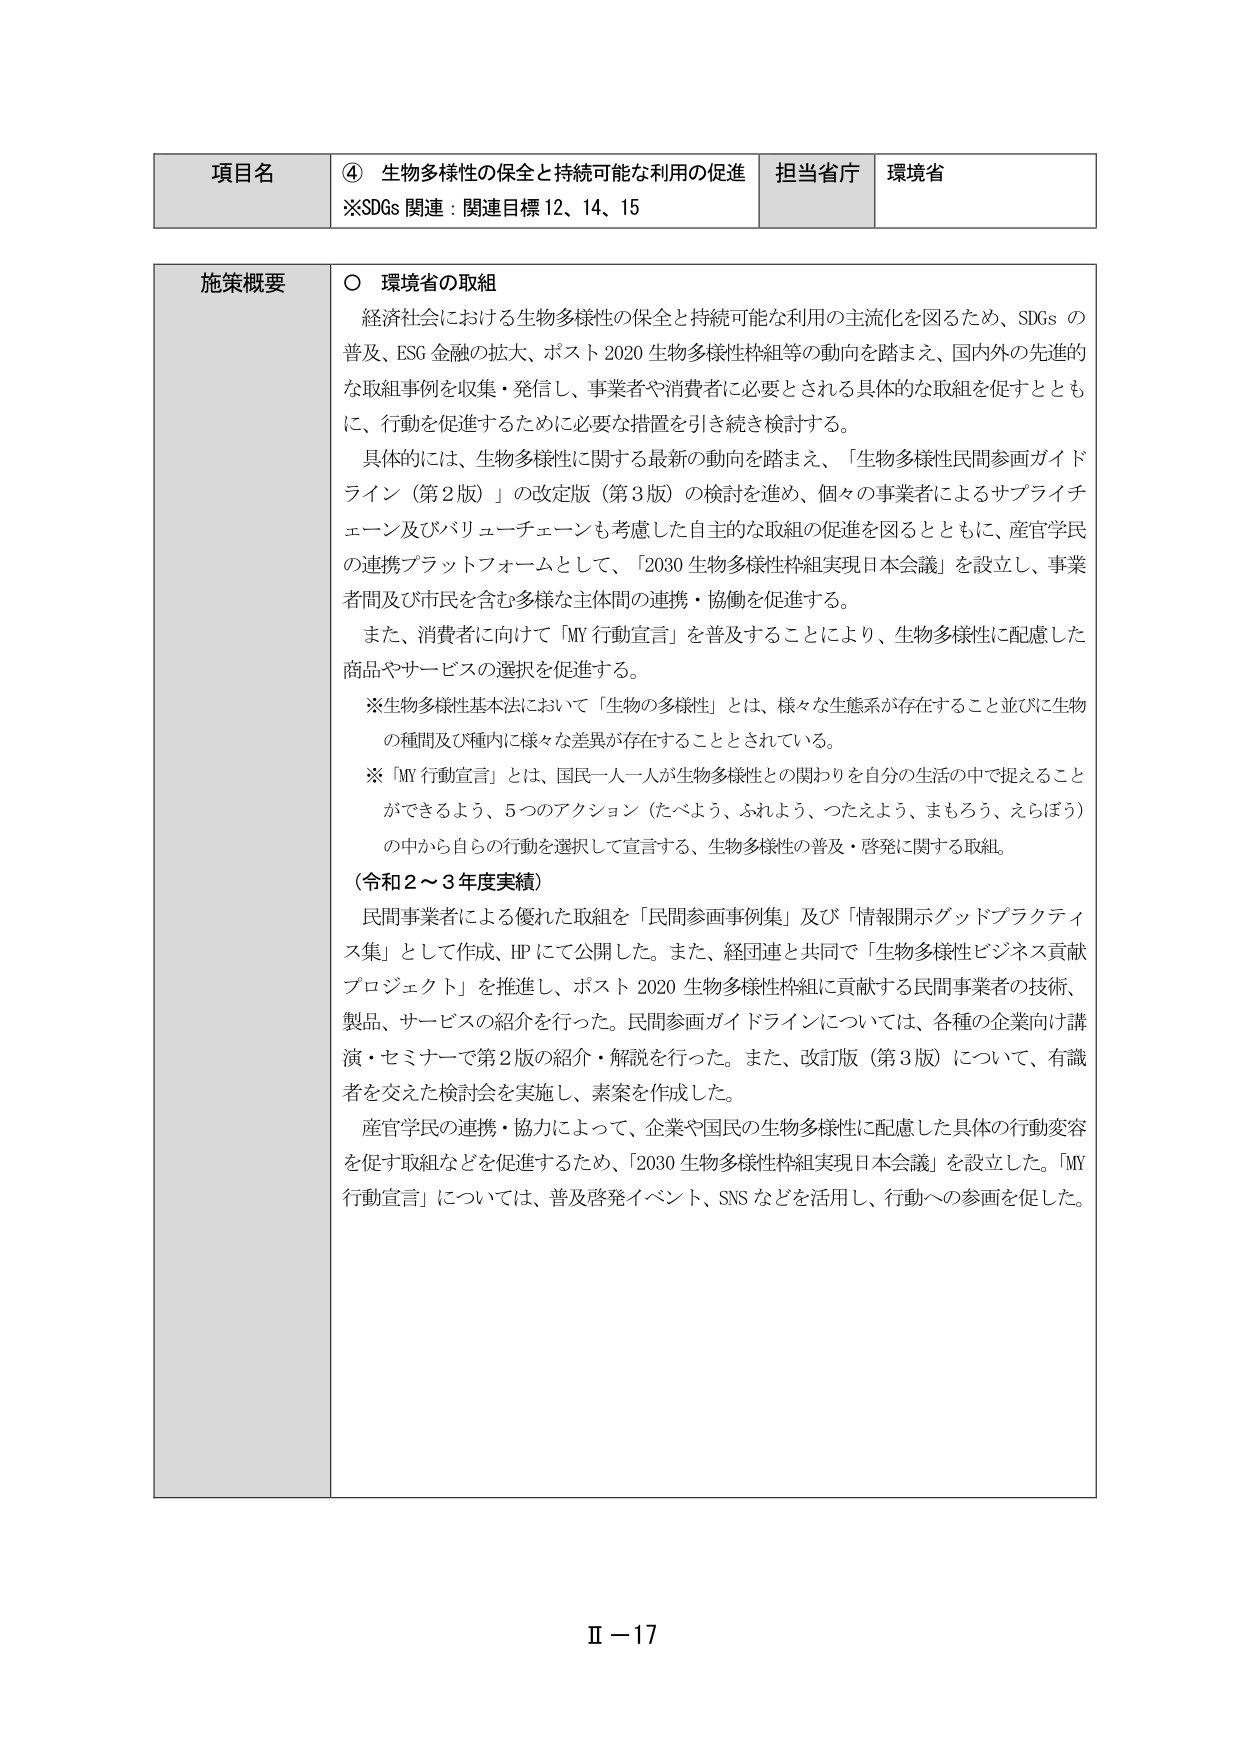
項目名　④ 生物多様性の保全と持続可能な利用の促進
※SDGs 関連：関連目標12、14、15
担当省庁　環境省

施策概要
〇 環境省の取組
　経済社会における生物多様性の保全と持続可能な利用の主流化を図るため、SDGs の普及、ESG 金融の拡大、ポスト 2020 生物多様性枠組等の動向を踏まえ、国内外の先進的な取組事例を収集・発信し、事業者や消費者に必要とされる具体的な取組を促すとともに、行動を促進するために必要な措置を引き続き検討する。
　具体的には、生物多様性に関する最新の動向を踏まえ、「生物多様性民間参画ガイドライン（第2版）」の改定版（第3版）の検討を進め、個々の事業者によるサプライチェーン及びバリューチェーンも考慮した自主的な取組の促進を図るとともに、産官学民の連携プラットフォームとして、「2030 生物多様性枠組実現日本会議」を設立し、事業者間及び市民を含む多様な主体間の連携・協働を促進する。
　また、消費者に向けて「MY 行動宣言」を普及することにより、生物多様性に配慮した商品やサービスの選択を促進する。
　※生物多様性基本法において「生物の多様性」とは、様々な生態系が存在すること並びに生物の種間及び種内に様々な差異が存在することとされている。
　※「MY 行動宣言」とは、国民一人一人が生物多様性との関わりを自分の生活の中で捉えることができるよう、5つのアクション（たべよう、ふれよう、つたえよう、まもろう、えらぼう）の中から自らの行動を選択して宣言する、生物多様性の普及・啓発に関する取組。
（令和2～3年度実績）
　民間事業者による優れた取組を「民間参画事例集」及び「情報開示グッドプラクティス集」として作成、HPにて公開した。また、経団連と共同で「生物多様性ビジネス貢献プロジェクト」を推進し、ポスト 2020 生物多様性枠組に貢献する民間事業者の技術、製品、サービスの紹介を行った。民間参画ガイドラインについては、各種の企業向け講演・セミナーで第2版の紹介・解説を行った。また、改訂版（第3版）について、有識者を交えた検討会を実施し、素案を作成した。
　産官学民の連携・協力によって、企業や国民の生物多様性に配慮した具体的行動変容を促す取組などを促進するため、「2030 生物多様性枠組実現日本会議」を設立した。「MY 行動宣言」については、普及啓発イベント、SNSなどを活用し、行動への参画を促した。

Ⅱ－17